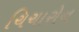
ચિચારોન